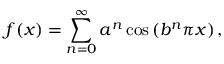
f ( x ) = \sum _ { n = 0 } ^ { \infty } a ^ { n } \cos \left( b ^ { n } \pi x \right) ,